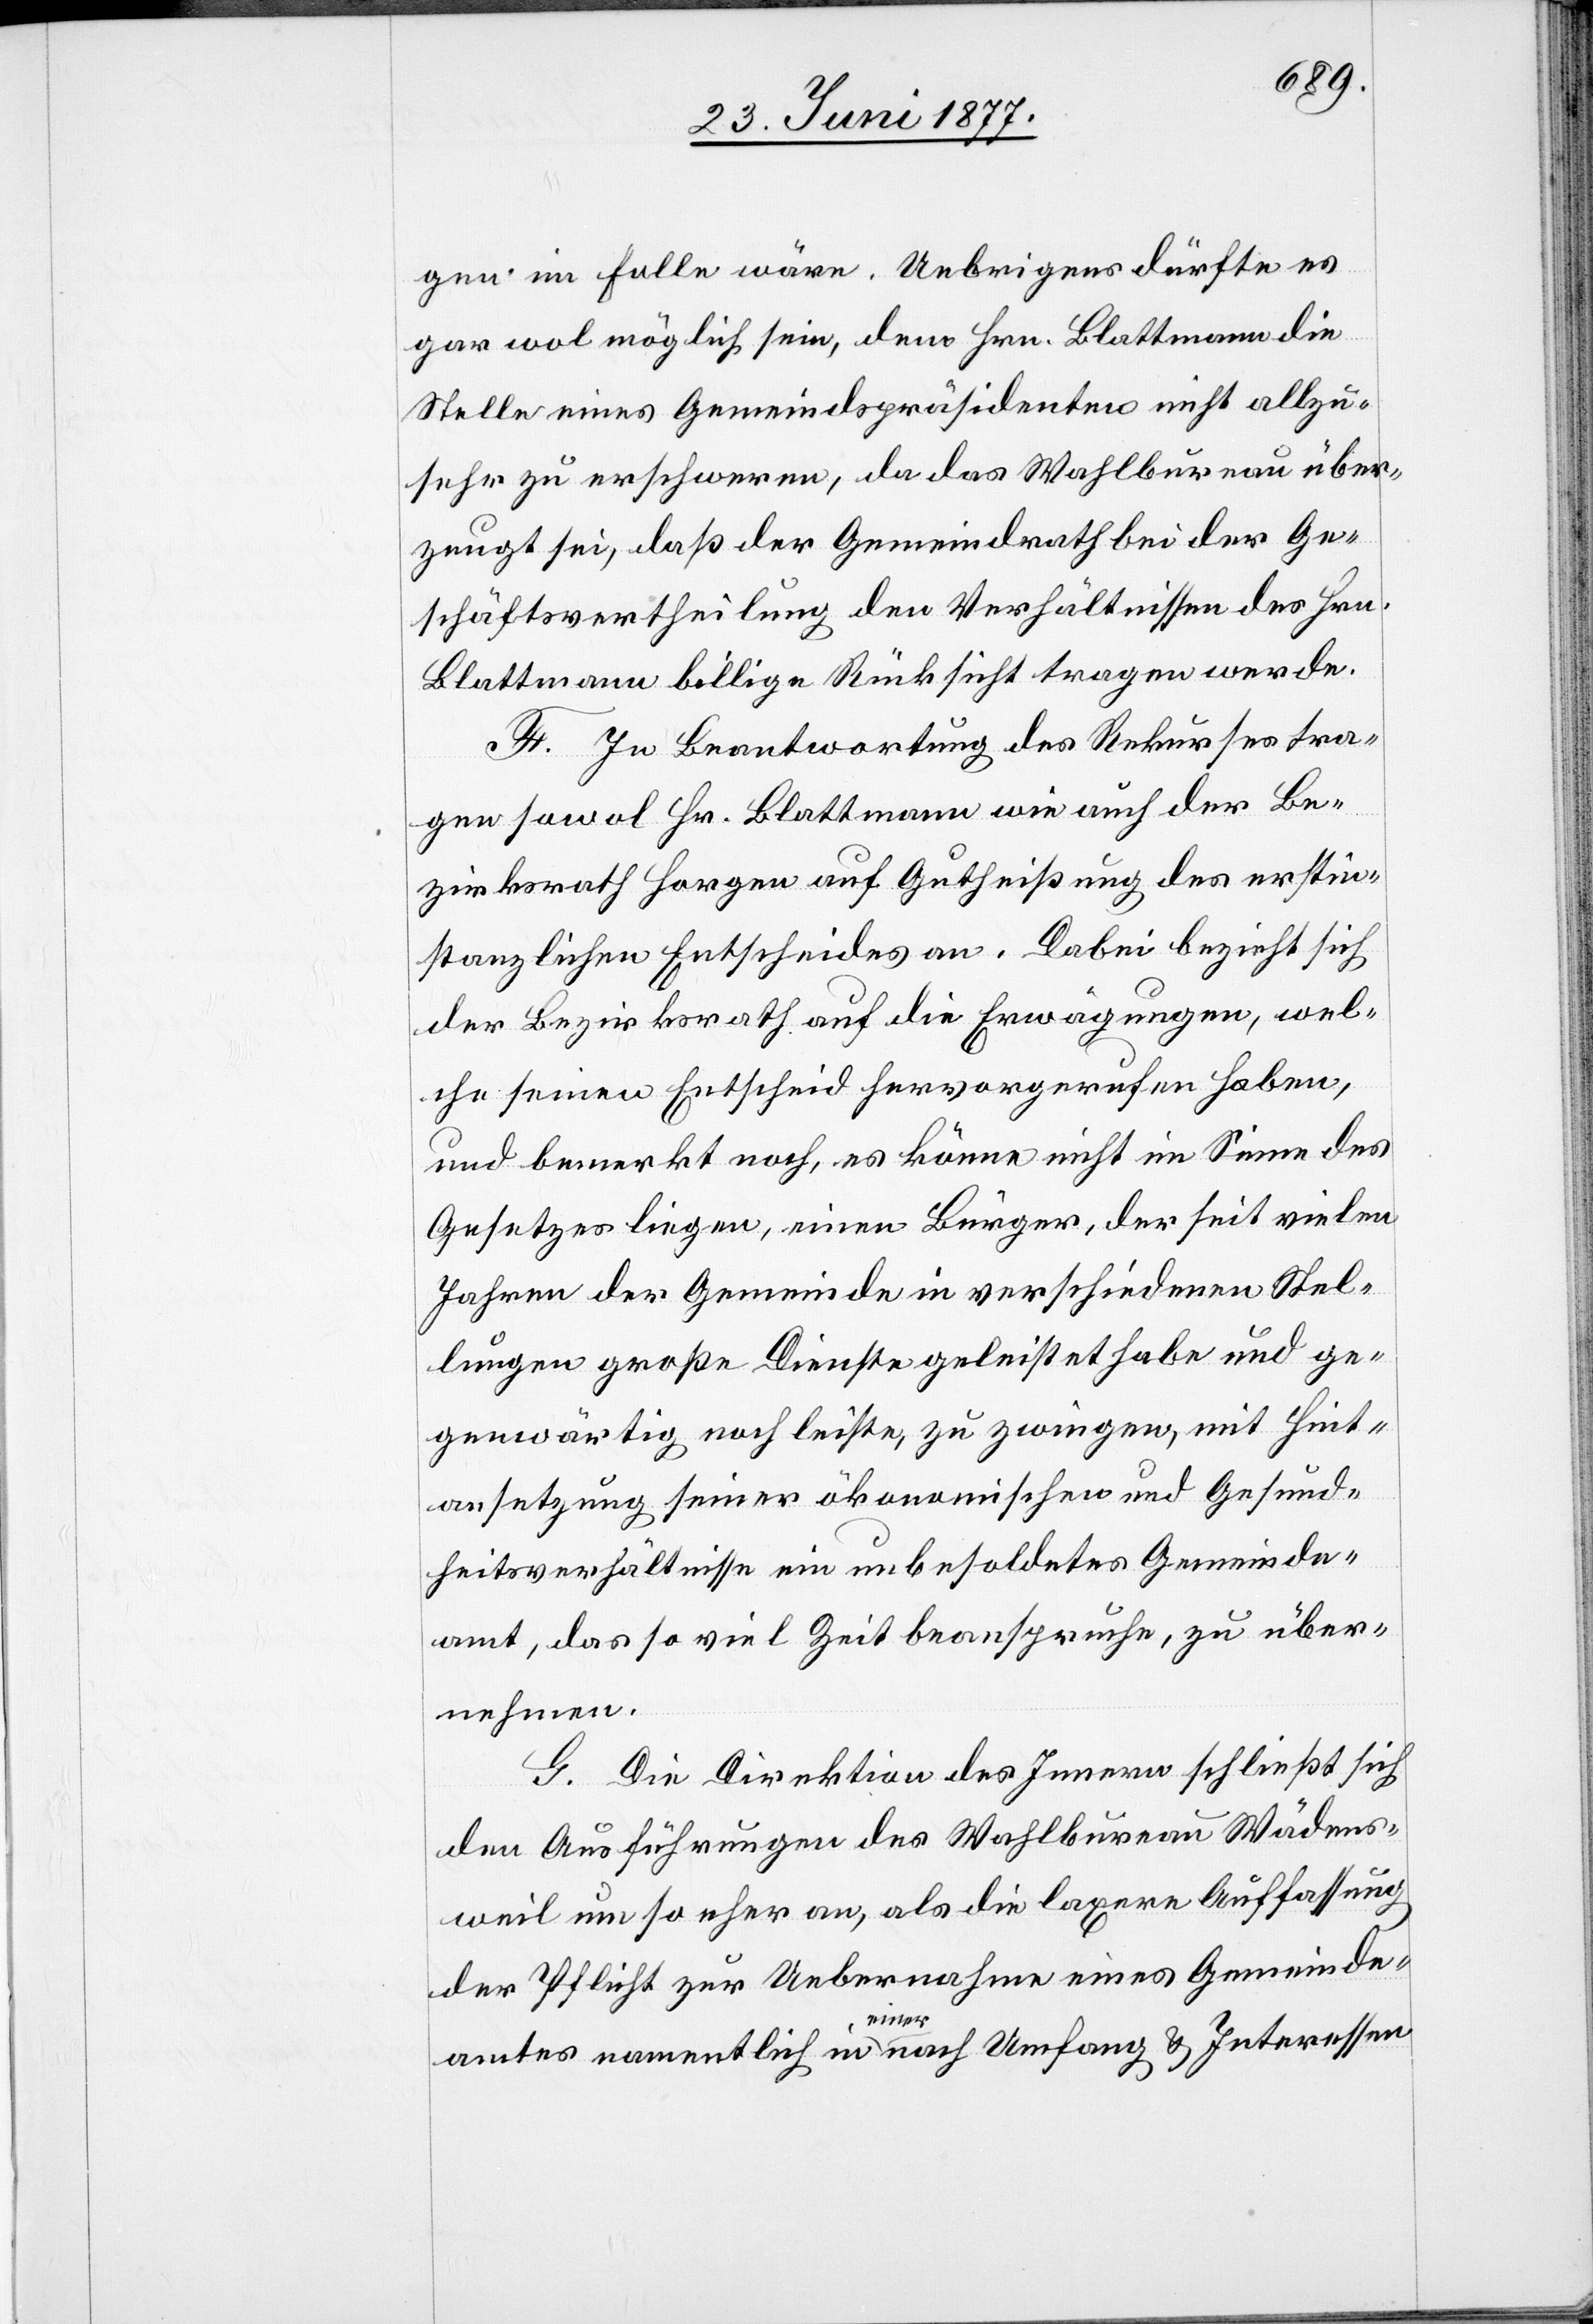
gen im Falle wäre. Uebrigens dürfte es
gar wol möglich sein, dem Hrn. Blattmann die
Stelle eines Gemeindepräsidenten nicht allzu¬
sehr zu erschweren, da das Wahlbureau über¬
zeugt sei, daß der Gemeindrath bei der Ge¬
schäftsvertheilung den Verhältnissen des Hrn.
Blattmann billige Rücksicht tragen werde.
F. In Beantwortung des Rekurses tra¬
gen sowol Hr. Blattmann wie auch der Be¬
zirksrath auf Gutheißung des erstin¬
stanzlichen Entscheides an. Dabei bezieht sich
der Bezirksrath auf die Erwägungen, wel¬
che seinen Entscheid hervorgerufen haben,
und bemerkt noch, es könne nicht im Sinne des
Gesetzes liegen, einen Bürger, der seit vielen
Jahren der Gemeinde in verschiedenen Stel¬
len große Dienste geleistet habe und ge¬
genwärtig noch leiste, zu zwingen, mit Hint¬
ansetzung seiner ökonomischen und Gesund¬
heitsverhältnisse ein unbesoldetes Gemeinde¬
amt, das so viel Zeit beanspruche, zu über¬
nehmen.
G. Die Direktion des Innern schließt sich
den Ausführungen des Wahlbureau Wädens¬
weil um so eher an, als die laxere Auffassung
der Pflicht zur Uebernahme eines Gemeinde¬
amtes namentlich in einer nach Umfang & Interessen